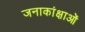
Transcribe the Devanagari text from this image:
जनाकांक्षाओं